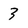
Character: 3